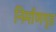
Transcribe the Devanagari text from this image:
निर्माणगृह